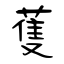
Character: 蒦